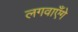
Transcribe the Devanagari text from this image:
लगवाएँगे